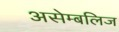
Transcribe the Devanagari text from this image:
असेम्बलिज